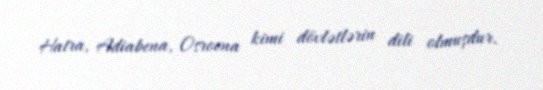
Hatra, Adiabena, Osroena kimi dövlətlərin dili olmuşdur.